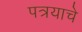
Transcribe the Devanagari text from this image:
पत्रयाचे